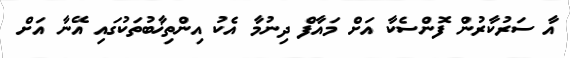
އާ ސަރުކާރުން ފޮންސެކާ އަށް މައާފް ދިނުމާ އެކު އިންތިޚާބުތަކުގައި އޭނާ އަށް